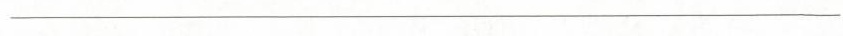
___